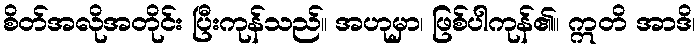
စိတ်အလိုအတိုင်း ပြီးကုန်သည်။ အဟုမှာ၊ ဖြစ်ပါကုန်၏။ ဣတိ အာဒိ၊